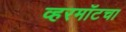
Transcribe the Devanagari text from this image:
व्हरमाँटचा